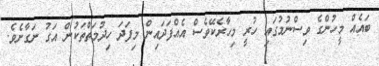
ބައެއް މީހުންގެ ވިސްނުމުގައި ހުރީ މިހާރެކޭވެސް އެއްފަދައިން މިފަދަ ހިދުމަތްތަކުން އަގު ނަގާށެވެ.